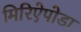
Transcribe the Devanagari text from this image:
मिरिऐपोडा